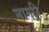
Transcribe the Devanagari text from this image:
नागरि